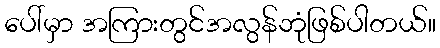
ပေါ်မှာ အကြားတွင်အလွန်ဘုံဖြစ်ပါတယ်။